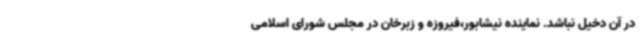
در آن دخیل نباشد. نماینده نیشابور،فیروزه و زبرخان در مجلس شورای اسلامی